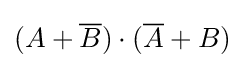
(A+{\overline {B}})\cdot ({\overline {A}}+B)